Sketch of the medical history of the native army of Bombay, for the year
Year: 1872
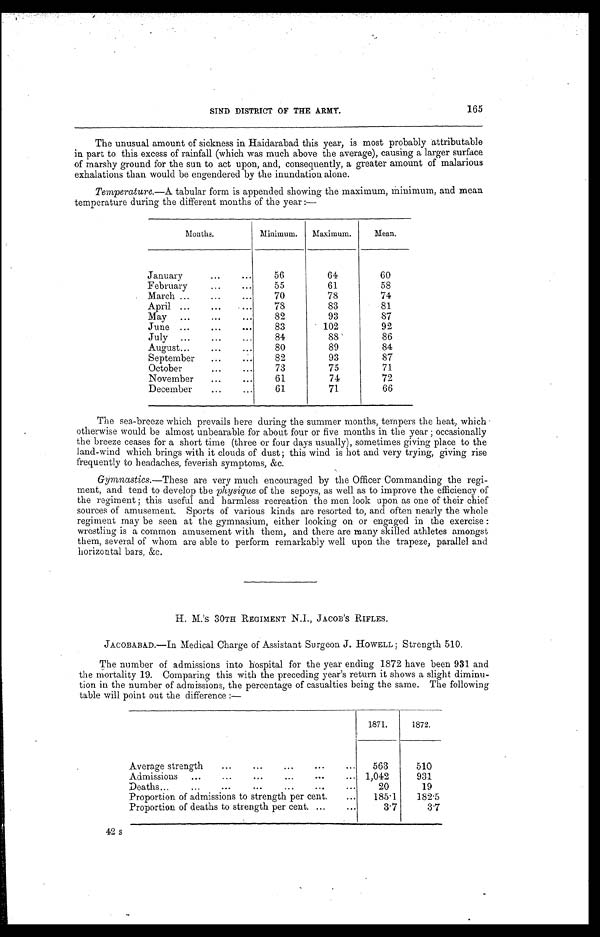
165
SIND DISTRICT OF THE ARMY.
The unusual amount of sickness in Haidarabad this year, is most probably attributable
in part to this excess of rainfall (which was much above the average), causing a larger surface
of marshy ground for the sun to act upon, and, consequently, a greater amount of malarious
exhalations than would be engendered by the inundation alone.
Temperature.—A tabular form is appended showing the maximum, minimum, and mean
temperature during the different months of the year:—
Months.
Minimum.
Maximum.
Mean.
January . . .
56
64
60
February . . .
55
61
58
March . . .
70
78
74
April . . .
78
83
81
May . . .
82
93
87
June . . .
83
102
92
July . . .
84
88
86
August . . .
80
89
84
September . . .
82
93
87
October . . .
73
75
71
November . . .
61
74
72
December . . .
61
71
66
The sea-breeze which prevails here during the summer months, tempers the heat, which
otherwise would be almost unbearable for about four or five months in the year; occasionally
the breeze ceases for a short time (three or four days usually), sometimes giving place to the
land-wind which brings with it clouds of dust; this wind is hot and very trying, giving rise
frequently to headaches, feverish symptoms, &c.
Gymnastics .—These are very much encouraged by the Officer Commanding the regi
- m e n t , a n d t e n d t o d e v e l o p t h ep
h y s i q u e
o f t h e s e p o y s , a s w e l l a s t o i m p r o v e t h e e f f i c i e n c y o f
the regiment; this useful and harmless recreation the men look upon as one of their chief
sources of amusement. Sports of various kinds are resorted to, and often nearly the whole
regiment may be seen at the gymnasium, either looking on or engaged in the exercise
wrestling is a common amusement with them, and there are many skilled athletes amongst
them, several of whom are able to perform remarkably well upon the trapeze, parallel and
horizontal bars, &c.
H. M.'s 30TH REGIMENT N.I., JACOB'S RIFLES.
JACOBABAD.—In Medical Charge of Assistant Surgeon J. HOWELL; Strength 510.
The number of admissions into hospital for the year ending 1872 have been 931 and
the mortality 19. Comparing this with the preceding year's return it shows a slight diminu
-tion in the number of admissions, the percentage of casualties being the same. The following
table will point out the difference:—
1871.
1872.
Average strength . . .
563
510
Admissions . . .
1,042
931
Deaths . . .
20
19
Proportion of admissions to strength per cent. . . .
185.1
182.5
Proportion of deaths to strength per cent. . . .
3.7
3.7
42 s